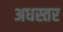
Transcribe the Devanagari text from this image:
अधस्तर